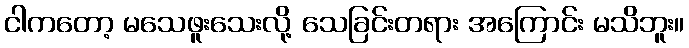
ငါကတော့ မသေဖူးသေးလို့ သေခြင်းတရား အကြောင်း မသိဘူး။